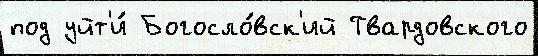
под уйт'и́ Богосло́вск'ий Твардовского